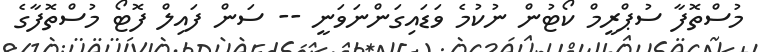
މުސްތޮފާ ސުޕްރީމް ކޯޓުން ނުކުމެ ވަޑައިގަންނަވަނީ -- ސަން ފައިލް ފޮޓޯ މުސްތޮފާގެ